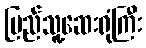
ပြည်သူ့ဆေးရုံကြီး